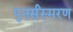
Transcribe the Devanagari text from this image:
पुनर्संस्मरण